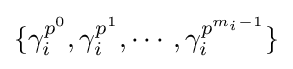
\{\gamma _{i}^{p^{0}},\gamma _{i}^{p^{1}},\cdots ,\gamma _{i}^{p^{m_{i}-1}}\}